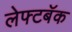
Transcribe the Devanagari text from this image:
लेफ्टबॅक